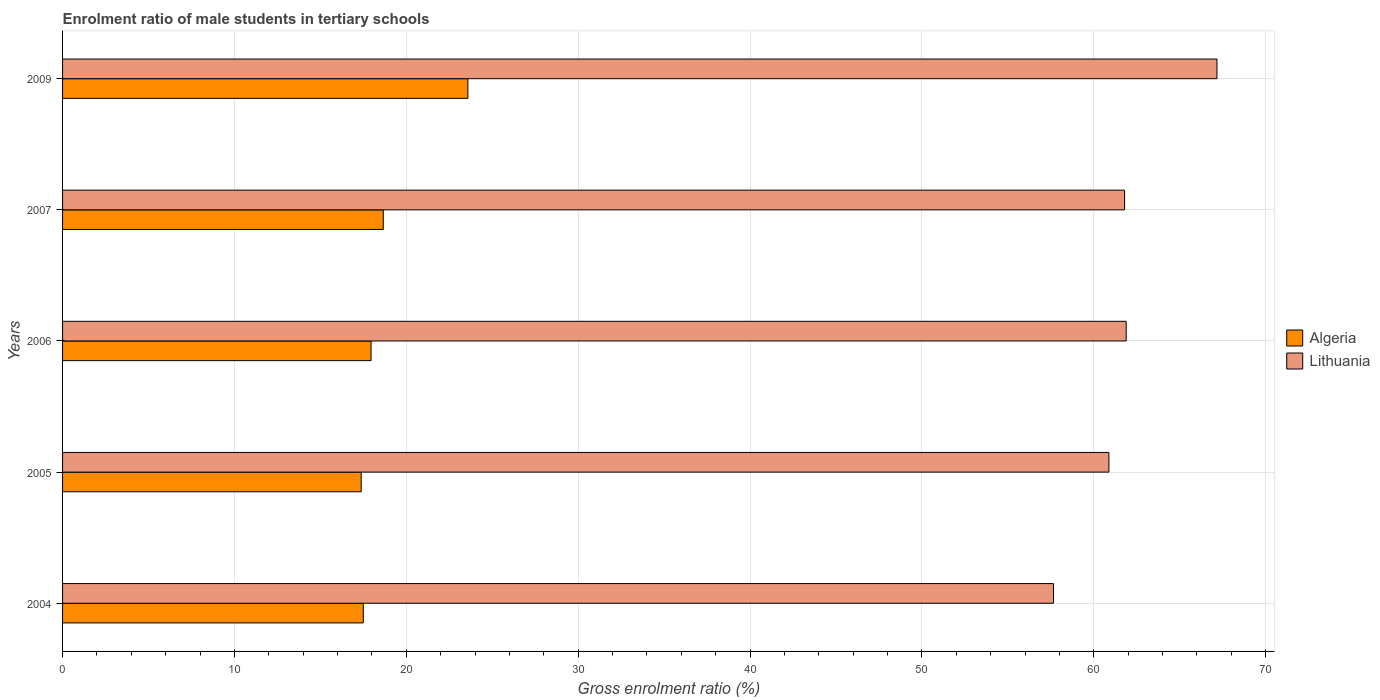
| Years | Algeria | Lithuania |
 | --- | --- | --- |
 | 2004 | 17.5 | 57.7 |
 | 2005 | 17.4 | 60.9 |
 | 2006 | 17.9 | 61.9 |
 | 2007 | 18.7 | 61.8 |
 | 2009 | 23.6 | 67.2 |